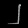
Digit: ၂